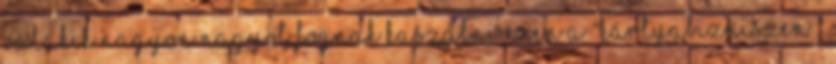
valakik nagyon nagyot fognak kaszálni ezen a "kártyabizniszen "